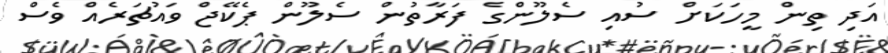
އަދި ތިން މީހަކަށް ސުއި ސެލޫންގެ ފަރާތުން ސެލޫން ޕެކޭޖް ވައުޗަރެއް ވެސް